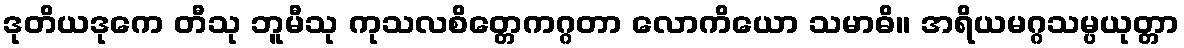
ဒုတိယဒုကေ တီသု ဘူမီသု ကုသလစိတ္တေကဂ္ဂတာ လောကိယော သမာဓိ။ အရိယမဂ္ဂသမ္ပယုတ္တာ